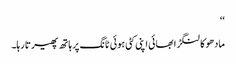
‘‘
مادھو کا لنگڑا بھائی اپنی کٹی ہوئی ٹانگ پر ہاتھ پھیرتا رہا۔